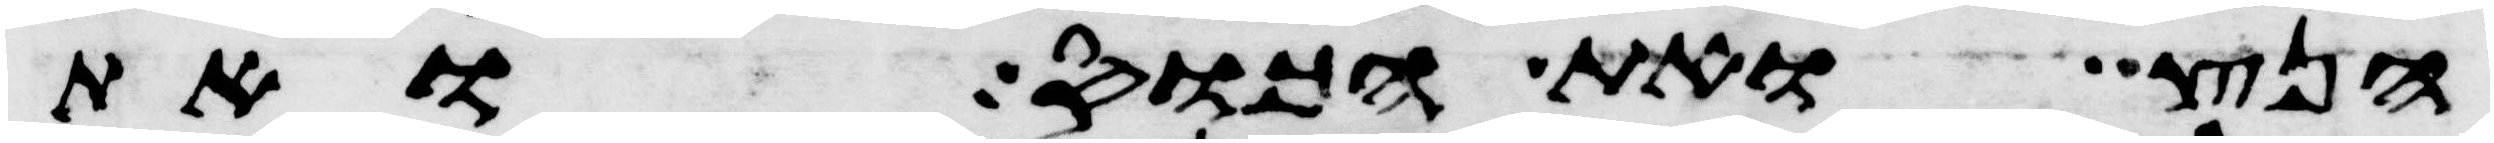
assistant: הנץ ואת הכוס ואת